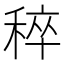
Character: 稡